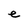
Character: e